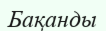
Бақанды